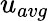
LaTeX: u_{avg}